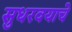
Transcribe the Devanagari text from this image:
सुधरवयाचे